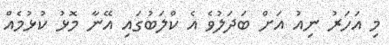
މި އަހަރު ނިއު އަށް ބަދަލުވެ އެ ކްލަބުގައި އޭނާ މޮޅު ކުޅުމެއް